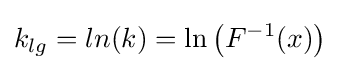
k_{lg}=ln(k)=\ln {\big (}F^{-1}(x){\big )}